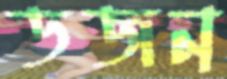
ডজন